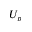
U _ { p }